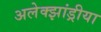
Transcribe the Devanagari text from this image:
अलेक्झांड्रीया